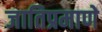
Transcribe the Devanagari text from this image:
जातिप्रमाणे